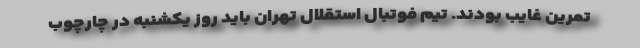
تمرین غایب بودند. تیم فوتبال استقلال تهران باید روز یکشنبه در چارچوب